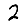
Digit: 2